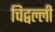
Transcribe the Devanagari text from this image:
चिद्वल्ली